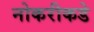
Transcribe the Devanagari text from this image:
नोकरीकडे